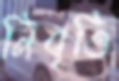
নিবৃত্তি